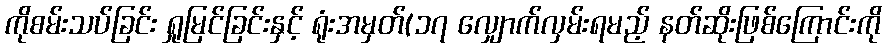
ကိုစမ်းသပ်ခြင်း ရှုမြင်ခြင်းနှင့် ရုံးအမှတ်(၁၇ လျှောက်လှမ်းရမည့် နတ်ဆိုးဖြစ်ကြောင်းကို